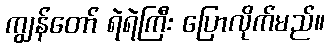
ကျွန်တော် ရဲရဲကြီး ပြောလိုက်မည်။